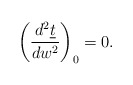
\begin{align*} \left(\frac{d^2\underline{t}}{dw^2}\right)_0=0.\end{align*}